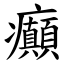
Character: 癲